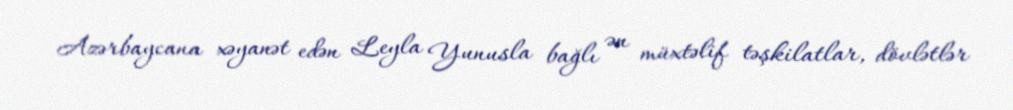
Azərbaycana xəyanət edən Leyla Yunusla bağlı ən müxtəlif təşkilatlar, dövlətlər